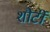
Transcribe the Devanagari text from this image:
शौर्टी